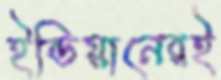
ইন্ডিয়ানেরই